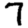
Digit: 7